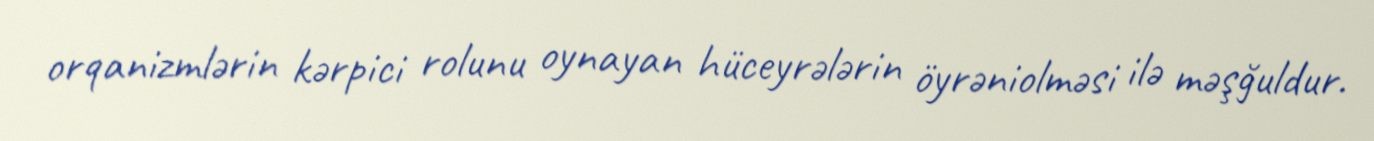
orqanizmlərin kərpici rolunu oynayan hüceyrələrin öyrəniolməsi ilə məşğuldur.